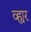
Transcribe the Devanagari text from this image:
व्ह्यर